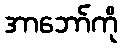
အာဘော်ကို